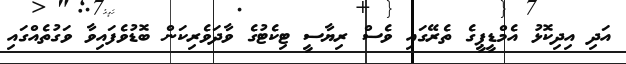
އަދި އިދިކޮޅު އެމްޑީޕީގެ ތެރޭގައި ވެސް ރިޔާސީ ޓިކެޓުގެ ވާދަވެރިކަން ބޮޑުވެފައިވާ ވަގުތެއްގައި